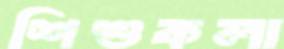
শিশুকলা